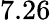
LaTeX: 7.26